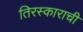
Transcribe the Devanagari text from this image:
तिरस्काराची